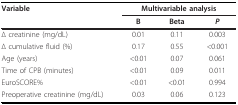
| Variable | <COLSPAN=3> Multivariable analysis |
 |  | B | Beta | P |
 | --- | --- | --- | --- |
 | Δ creatinine (mg/dL) | 0.01 | 0.11 | 0.003 |
 | Δ cumulative fluid (%) | 0.17 | 0.55 | <0.001 |
 | Age (years) | <0.01 | 0.07 | 0.061 |
 | Time of CPB (minutes) | <0.01 | 0.09 | 0.011 |
 | EuroSCORE% | <0.01 | <0.01 | 0.994 |
 | Preoperative creatinine (mg/dL) | 0.03 | 0.06 | 0.123 |